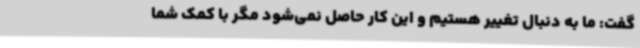
گفت: ما به دنبال تغییر هستیم و این کار حاصل نمی‌شود مگر با کمک شما